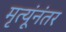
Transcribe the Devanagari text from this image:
मृत्यूंनंतर